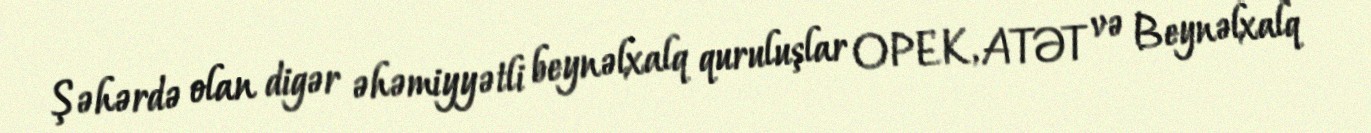
Şəhərdə olan digər əhəmiyyətli beynəlxalq quruluşlar OPEK, ATƏT və Beynəlxalq